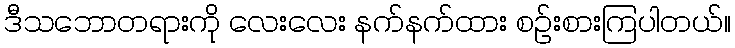
ဒီသဘောတရားကို လေးလေး နက်နက်ထား စဉ်းစားကြပါတယ်။